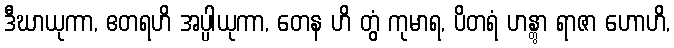
ဒီဃာယုကာ, ဧတရဟိ အပ္ပါယုကာ, တေန ဟိ တွံ ကုမာရ, ပိတရံ ဟန္တွာ ရာဇာ ဟောဟိ,